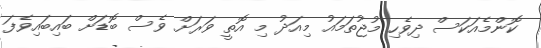
ކޮންމެއަކަސް ދިވެހި މުޖުތަމައު މިއަދު މި އޮތީ ވަރަށް ވެސް ބޮޑަށް ބައިބައިވެފަ